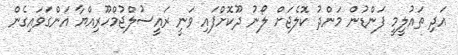
އަދި ތައުލީމީ ފަންޑުން މަންދު ކޮލެޖަށް ލޯނު ދޫކޮށްފައި ވަނީ ރައީސުލްޖުމްހޫރިއްޔާ އަންގަވައިގެން